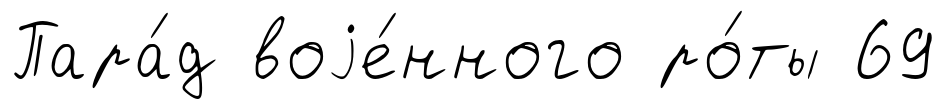
Пара́д воjе́нного ро́ты 69